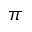
\pi